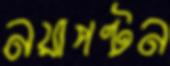
নয়াপল্টন